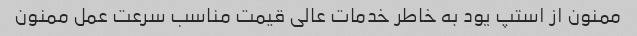
ممنون از استپ یود به خاطر خدمات عالی قیمت مناسب سرعت عمل ممنون